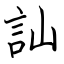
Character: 訕